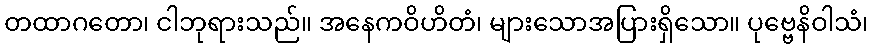
တထာဂတော၊ ငါဘုရားသည်။ အနေကဝိဟိတံ၊ များသောအပြားရှိသော။ ပုဗ္ဗေနိဝါသံ၊